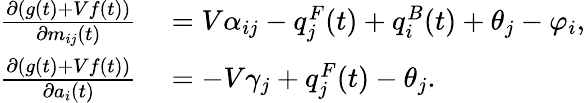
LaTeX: \begin{array}{rl}{\frac{\partial(g(t)+Vf(t))}{\partial m_{ij}(t)}~}&{=V\alpha_{ij}-q_{j}^{F}(t)+q_{i}^{B}(t)+\theta_{j}-\varphi_{i},}\\ {\frac{\partial(g(t)+Vf(t))}{\partial a_{i}(t)}~}&{=-V\gamma_{j}+q_{j}^{F}(t)-\theta_{j}.}\end{array}